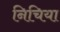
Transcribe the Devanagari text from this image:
निचिया